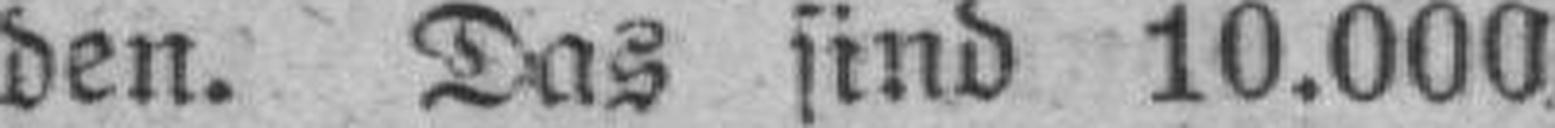
den. Das sind 10.000